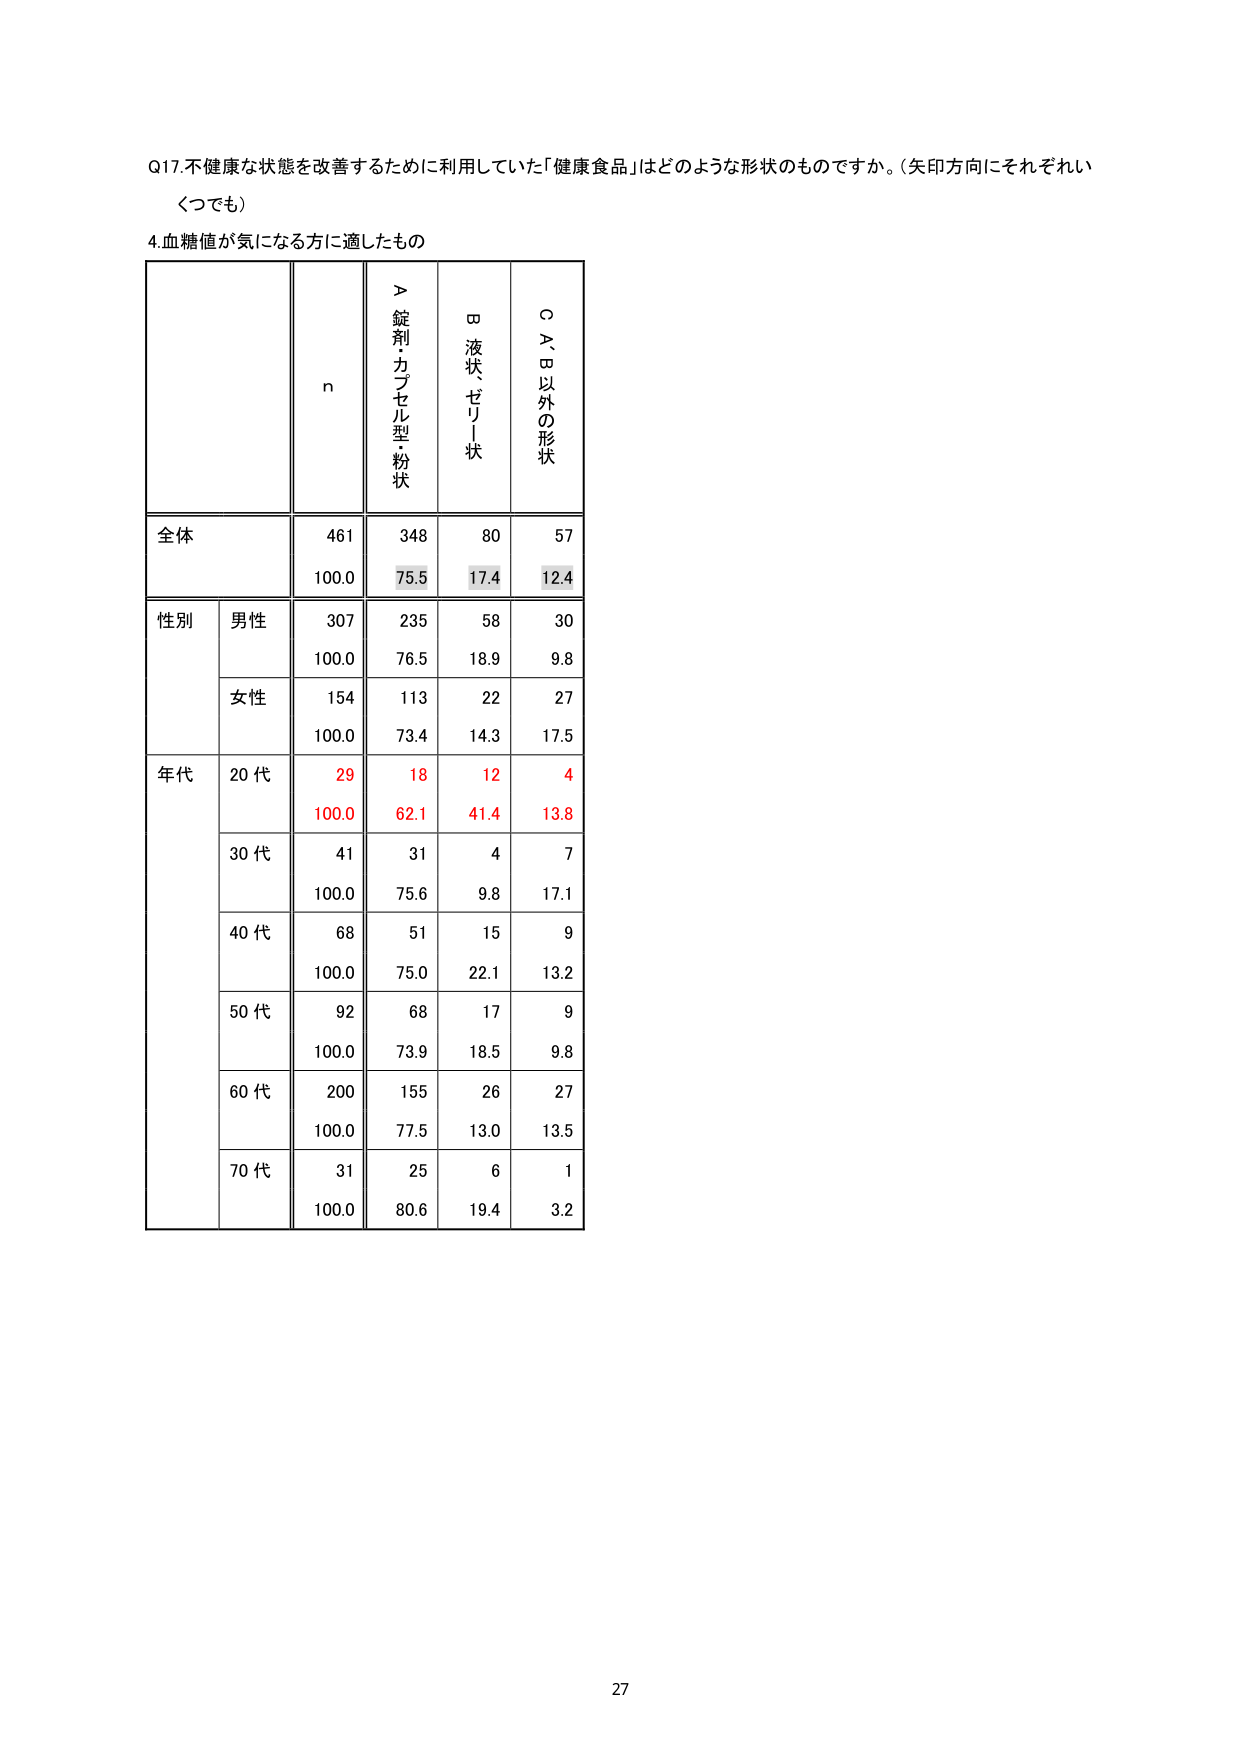
Q17.不健康な状態を改善するために利用していた「健康食品」はどのような形状のものですか。（矢印方向にそれぞれいくつでも）

4.血糖値が気になる方に適したもの

n
＞錠剤・カプセル型・粉状
□液状・ゼリー状
○A、B以外の形状

全体
461
348
80
57
100.0
75.5
17.4
12.4

性別
男性
307
235
58
30
100.0
76.5
18.9
9.8
女性
154
113
22
27
100.0
73.4
14.3
17.5

年代
20代
29
18
12
4
100.0
62.1
41.4
13.8
30代
41
31
4
7
100.0
75.6
9.8
17.1
40代
68
51
15
9
100.0
75.0
22.1
13.2
50代
92
68
17
9
100.0
73.9
18.5
9.8
60代
200
155
26
27
100.0
77.5
13.0
13.5
70代
31
25
6
1
100.0
80.6
19.4
3.2

27